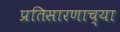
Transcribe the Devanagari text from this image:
प्रतिसारणाच्या